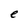
Character: e